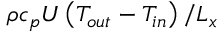
\rho c _ { p } U \left( T _ { o u t } - T _ { i n } \right) / L _ { x }